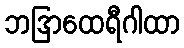
ဘဒြာထေရီဂါထာ